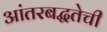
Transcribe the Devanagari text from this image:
आंतरबद्धतेची